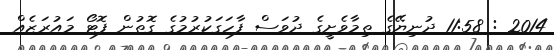
2014 : 11:58 ދުނިޔޭގެ ތިމާވެށީގެ ދުވަސް ފާހަގަކުރުމުގެ ގޮތުން ފޮޓޯ މައުރަޒެއް